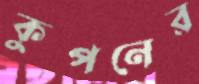
কুপনের